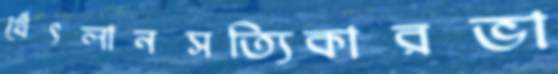
থেঁৎলানসত্যিকারভা